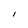
Character: I